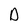
Character: D